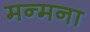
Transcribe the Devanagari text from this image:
मन्मना